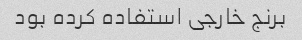
برنج خارجی استفاده کرده بود